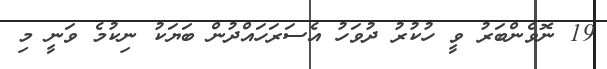
19 ނޮވެންބަރު ވީ ހުކުރު ދުވަހު އެސަރަހައްދުން ބަޔަކު ނިކުމެ ވަނީ މި